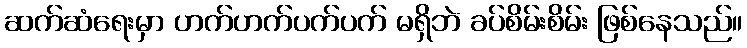
ဆက်ဆံရေးမှာ ဟက်ဟက်ပက်ပက် မရှိဘဲ ခပ်စိမ်းစိမ်း ဖြစ်နေသည်။